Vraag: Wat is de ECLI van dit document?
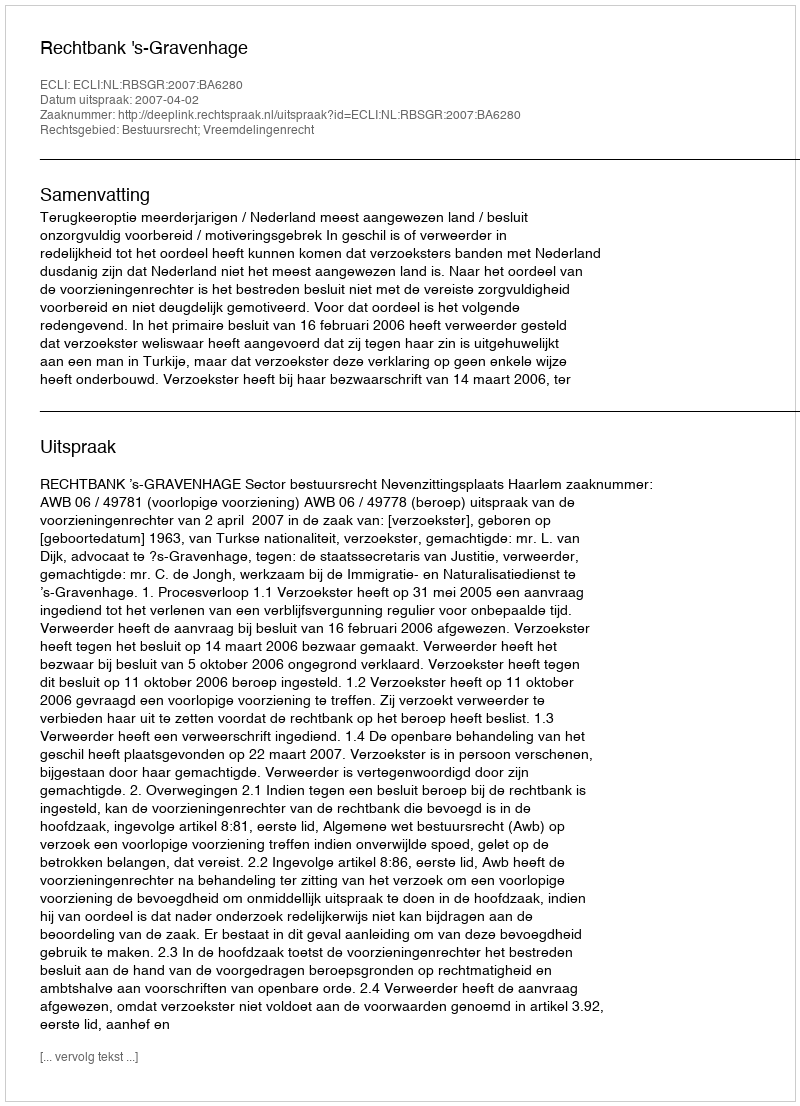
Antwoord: ECLI:NL:RBSGR:2007:BA6280